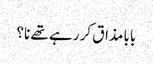
بابا مذاق کر رہے تھے نا؟